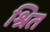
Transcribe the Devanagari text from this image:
श्रित